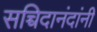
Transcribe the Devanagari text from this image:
सच्चिदानंदांनी